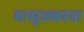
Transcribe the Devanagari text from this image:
मत्सुजकाया